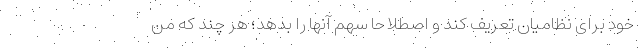
خود برای نظامیان تعریف کند و اصطلاحا سهم آنها را بدهد؛ هر چند که من